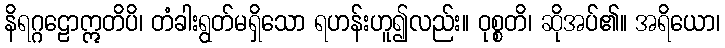
နိရဂ္ဂဠောဣတိပိ၊ တံခါးရွတ်မရှိသော ရဟန်းဟူ၍လည်း။ ဝုစ္စတိ၊ ဆိုအပ်၏။ အရိယော၊